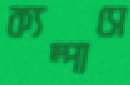
ক্যম্পাসে